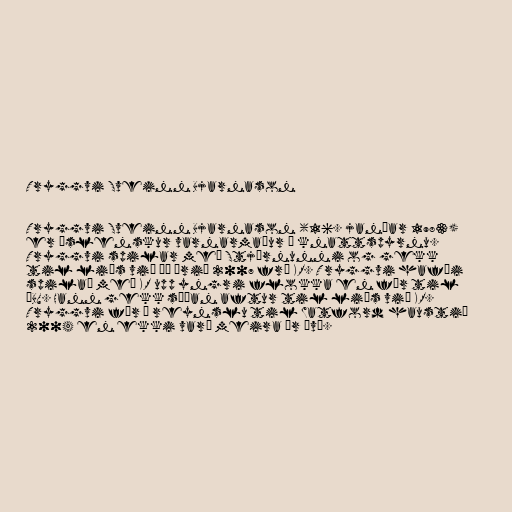
Tryggvi Sveinn Bjarnason

Tryggvi Sveinn Bjarnason (16. janúar 1983)
er íslenskur varnarmaður í knattspyrnu.
Tryggvi spilar með Stjörnunni og gekk
til liðs við þá árið 2007 frá KR. Tryggvi hafði
spilað með KR upp yngri flokka en fór til
ÍBV. Hann gekk síðan aftur til liðs við KR.
Tryggvi fór á reynslu til Watford haustið
2004 en ekki varð meira úr því.